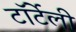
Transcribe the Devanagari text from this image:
टॉर्टेली